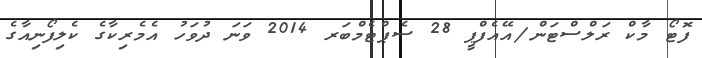
ފޮޓޯ މާކް ރަލްސްޓަން/އޭއެފްޕީ 28 ސެޕްޓެމްބަރ 2014 ވަނަ ދުވަހު އެމެރިކާގެ ކެލިފޯނިއާގެ